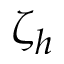
\zeta _ { h }